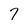
Character: 7